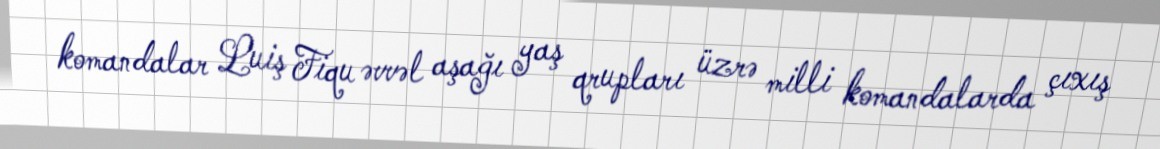
komandalar Luiş Fiqu əvvəl aşağı yaş qrupları üzrə milli komandalarda çıxış